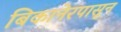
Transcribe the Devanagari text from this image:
बिकानेरपासून